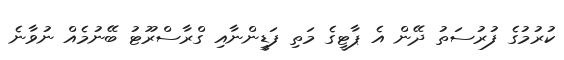
ކުރުމުގެ ފުރުސަތު ދޭން އެ ޕާޓީގެ މަތި ފަޑީންނާއި ގްރާސްރޫޓު ބޭނުމެއް ނުވާނެ